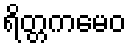
ရိတ္တကမေဝ